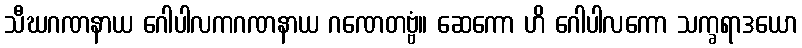
သီဃဂဏနာယ ဂေါပါလကဂဏနာယ ဂဏေတဗ္ဗံ။ ဆေကော ဟိ ဂေါပါလကော သက္ခရာဒယော